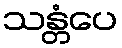
သန္တံပေ